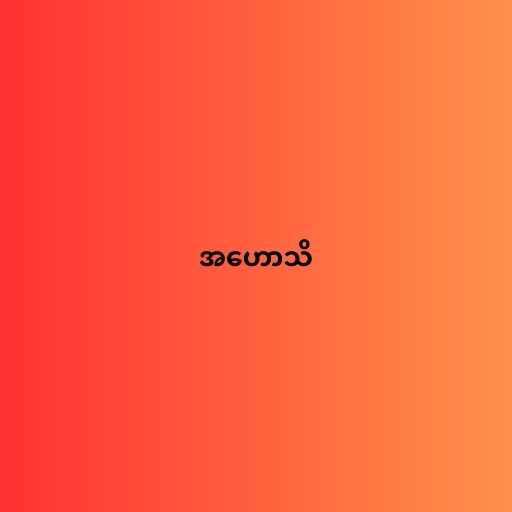
အဟောသိ